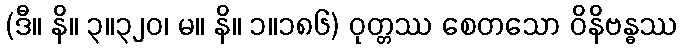
(ဒီ။ နိ။ ၃။၃၂၀၊ မ။ နိ။ ၁။၁၈၆) ဝုတ္တဿ စေတသော ဝိနိဗန္ဓဿ